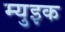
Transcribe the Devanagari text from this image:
म्युइक